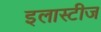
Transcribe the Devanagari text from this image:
इलास्टीज